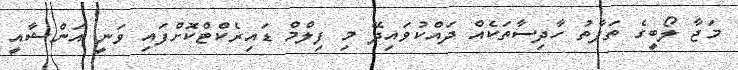
މަޖާ ލޯބީގެ ތަފާތު ހާދިސާތަކެއް ދައްކުވައިދޭ މި ފިލްމް ޑައިރެކްޓްކޮށްފައި ވަނީ އަންޝާއީ